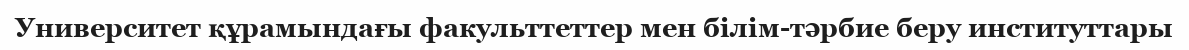
Университет құрамындағы факульттеттер мен білім-тәрбие беру институттары